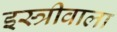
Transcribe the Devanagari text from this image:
इस्त्रीवाला